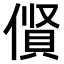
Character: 𠍦